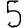
Digit: 5